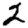
Digit: 2